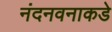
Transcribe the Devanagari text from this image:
नंदनवनाकडे